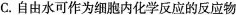
C.自由水可作为细胞内化学反应的反应物